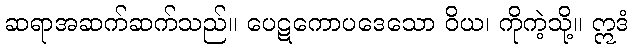
ဆရာအဆက်ဆက်သည်။ ပေဋကောပဒေသော ဝိယ၊ ကိုကဲ့သို့။ ဣဒံ